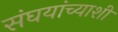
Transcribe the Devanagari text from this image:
संघयांच्याशी